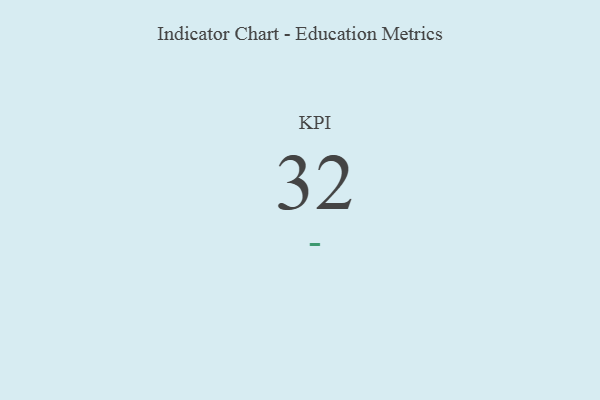
{"axis": {"x": "KPI", "y": "Value"}, "legend": [""], "data": [{"x": "KPI", "y": 32, "type": ""}]}